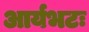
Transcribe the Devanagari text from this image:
आर्यभटः